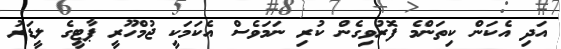
އަދި އެކަން ކިތަންމެ ފޮރުވިގެން ކުރި ނަމަވެސް އެކަމަކީ ޖުމްހޫރީ ޕާޓީގެ ލީޑަރު